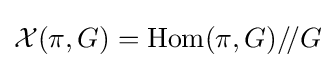
{\mathcal {X}}(\pi ,G)=\operatorname {Hom} (\pi ,G)/\!/G